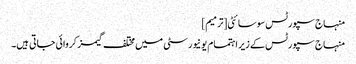
منہاج سپورٹس سوسائٹی[ترمیم]
منہاج سپورٹس کے زیر اہتمام یونیورسٹی میں مختلف گیمز کروائی جاتی ہیں۔